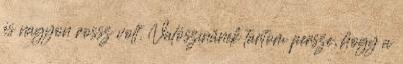
és nagyon rossz volt. Valószínűnek tartom persze, hogy a